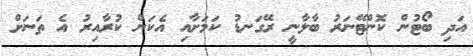
އަދި ބޯޓުން ކޮންޓޭނަރު ބާލާނީ ރޭގަނޑު ކަމަށާއި އެކަން ކުރާއިރު އެ ތަނަށް